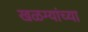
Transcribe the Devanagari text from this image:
खळग्यांच्या